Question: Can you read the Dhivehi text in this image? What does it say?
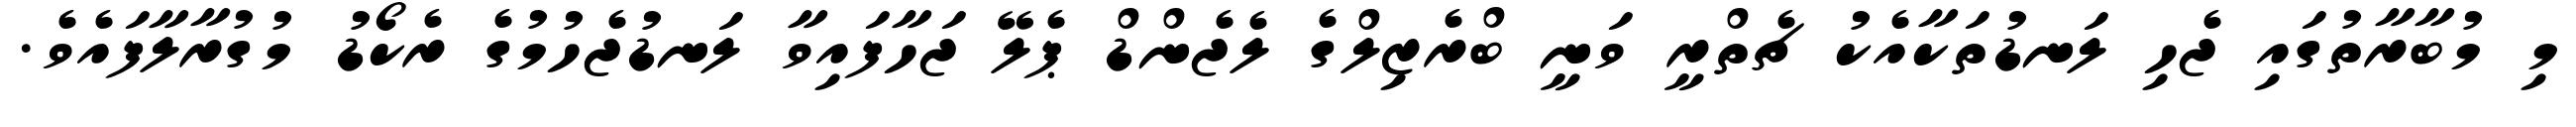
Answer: މި މުބާރާތުގައި ޖެހި ލަނޑުތަކާއެކު ޗެތްރީ ވަނީ ބްރެޒިލްގެ ލެޖެންޑް ޕެލޭ ޖަހާފައިވާ ލަނޑުޖެހުމުގެ ރެކޯޑު މުގުރާލާފައެވެ.